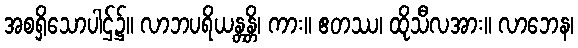
အစရှိသောပါဌ်၌။ လာဘပရိယန္တန္တိ၊ ကား။ ဧတဿ၊ ထိုသီလအား။ လာဘေန၊